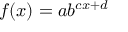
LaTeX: f ( x ) = a b ^ { c x + d }